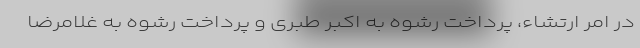
در امر ارتشاء، پرداخت رشوه به اکبر طبری و پرداخت رشوه به غلامرضا